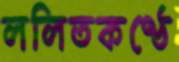
ললিতকণ্ঠে